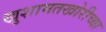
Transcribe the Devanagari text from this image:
खुशामतखोरीच्या